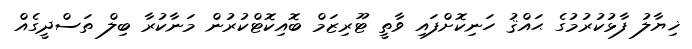
ޚިޔާލު ފާޅުކުރުމުގެ ޙައްޤު ހަނިކޮށްފައި ވާތީ ޓޫރިޒަމް ބޮއިކޮޓްކުރުން މަނާކުރާ ބިލް ތަސްދީގެއް